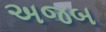
અજબ